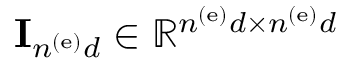
{ \bf I } _ { n ^ { \left( \mathrm { e } \right) } d } \in \mathbb { R } ^ { n ^ { \left( \mathrm { e } \right) } d \times n ^ { \left( \mathrm { e } \right) } d }